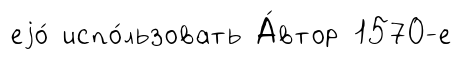
еjо́ испо́льзовать А́втор 1570-е